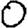
Digit: 0